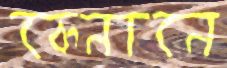
কেনানে